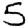
Digit: 5